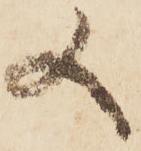
又